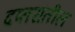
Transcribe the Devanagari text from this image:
दप्तरांतील